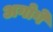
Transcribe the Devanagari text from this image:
अगोगे